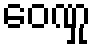
ဝေဏှု